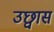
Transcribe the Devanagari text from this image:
उछ्वास